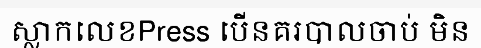
ស្លាកលេខPress បើនគរបាលចាប់ មិន